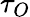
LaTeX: \tau_{O}